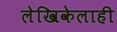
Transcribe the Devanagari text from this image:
लेखिकेलाही